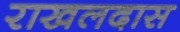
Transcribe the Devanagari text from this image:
राखलदास